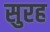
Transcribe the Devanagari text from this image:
सुरह